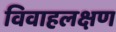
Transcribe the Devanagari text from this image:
विवाहलक्षण